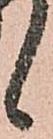
候